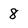
Character: 8